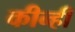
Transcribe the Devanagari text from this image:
कीन्‍ही